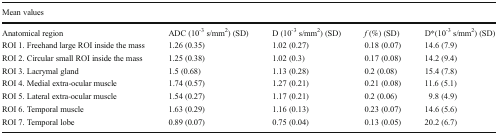
<table><thead><tr><td colspan="5"><b>Mean values</b></td></tr></thead><tbody><tr><td>Anatomical region</td><td>ADC (10<sup>-3</sup> s/mm<sup>2</sup>) (SD)</td><td>D (10<sup>-3</sup> s/mm<sup>2</sup>) (SD)</td><td><i>f</i> (%) (SD)</td><td>D*(10<sup>-3</sup> s/mm<sup>2</sup>) (SD)</td></tr><tr><td>ROI 1. Freehand large ROI inside the mass</td><td>1.26 (0.35)</td><td>1.02 (0.27)</td><td>0.18 (0.07)</td><td>14.6 (7.9)</td></tr><tr><td>ROI 2. Circular small ROI inside the mass</td><td>1.25 (0.38)</td><td>1.02 (0.3)</td><td>0.17 (0.08)</td><td>14.2 (9.4)</td></tr><tr><td>ROI 3. Lacrymal gland</td><td>1.5 (0.68)</td><td>1.13 (0.28)</td><td>0.2 (0.08)</td><td>15.4 (7.8)</td></tr><tr><td>ROI 4. Medial extra-ocular muscle</td><td>1.74 (0.57)</td><td>1.27 (0.21)</td><td>0.21 (0.08)</td><td>11.6 (5.1)</td></tr><tr><td>ROI 5. Lateral extra-ocular muscle</td><td>1.54 (0.27)</td><td>1.17 (0.21)</td><td>0.2 (0.06)</td><td>9.8 (4.9)</td></tr><tr><td>ROI 6. Temporal muscle</td><td>1.63 (0.29)</td><td>1.16 (0.13)</td><td>0.23 (0.07)</td><td>14.6 (5.6)</td></tr><tr><td>ROI 7. Temporal lobe</td><td>0.89 (0.07)</td><td>0.75 (0.04)</td><td>0.13 (0.05)</td><td>20.2 (6.7)</td></tr></tbody></table>